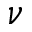
\nu